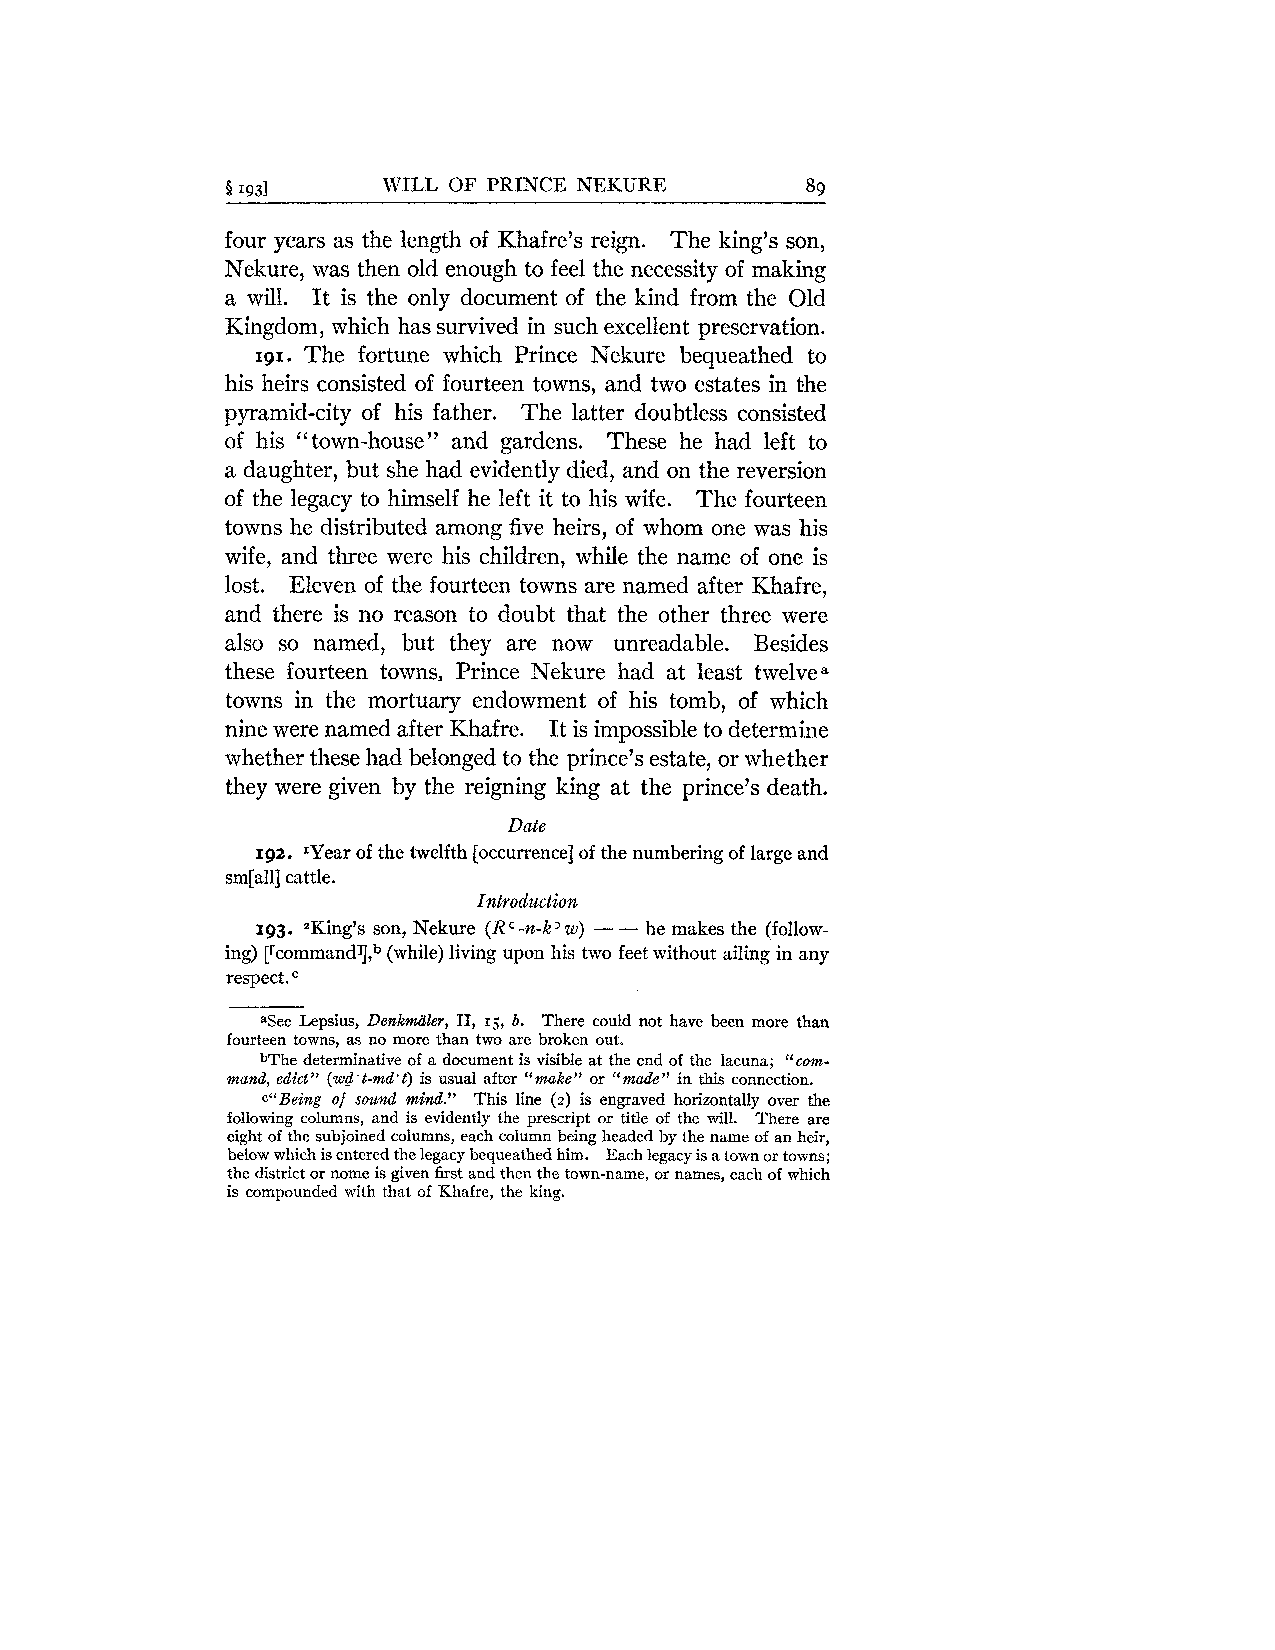
i 1931    WILL OF PRINCE NEKURE       89
 four years as the length of Khafre's reign. The king's son,
 Nekure, was then old enough to feel the necessity of making
 a will. It is the only document of the kind from the Old
 Kingdom, which has survived in such excellent preservation.
 191. The fortune which Prince Nekure bequeathed to
 his heirs consisted of fourteen towns, and two estates in the
 pyramid-city of his father. The latter doubtless consisted
 of his " town-house" and gardens. These he had left to
 a daughter, but she had evidently died, and on the reversion
 of the legacy to himself he left it to his wife. The fourteen
 towns he distributed among five heirs, of whom one was his
 wife, and three were his children, while the name of one is
 lost. Eleven of the fourteen towns are named after Khafre,
 and there is no reason to doubt that the other three were
 also so named, but they are now unreadable. Besides
 these fourteen towns, Prince Nekure had at least twelvea
 towns in the mortuary endowment of his tomb, of which
 nine were named after Khafre. It is impossible to determine
 whether these had belonged to the prince's estate, or whether
 they were given by the reigning king at the prince's death.
 Date
 192. IYear of the twelfth [occurrence] of the numbering of large and
 sm[all] cattle.
 Introduction
 193. "King's son, Nekure (R -a-k3w ) - - he makes the (follow-
 ing) [r~ommandl](,w~h ile) living upon his two feet without ailing in any
 respect.
 aSee Lepsius, Denkmiiler, 11, IS, b. There could not have been more than
 fourteen towns, as no more than two are broken out.
 bThe determinative of a document is visible at the end of the lacuna; "com-
 mand, edict" (wd't-md't)i s usual after "makeJ' or "made" in this connection.
 cl'Being of sound mind." This line (2) is engraved horizontally over the
 following columns, and is evidently the prescript or title of the will. There are
 eight of the subjoined columns, each column being headed by the name of an heir,
 below which is entered the legacy bequeathed him. Each legacy is a town or towns;
 the district or nome is given first and then the town-name, or names, each of which
 is compounded with that of Khafre, the king.